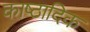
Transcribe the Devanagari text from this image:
काष्‍ठादिक